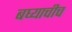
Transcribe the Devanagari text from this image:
बघ्याचीच